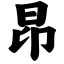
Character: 昂